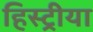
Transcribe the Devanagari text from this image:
हिस्ट्रीया